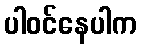
ပါဝင်နေပါက